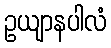
ဥယျာနပါလံ